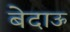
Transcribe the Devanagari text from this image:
बेदाऊ